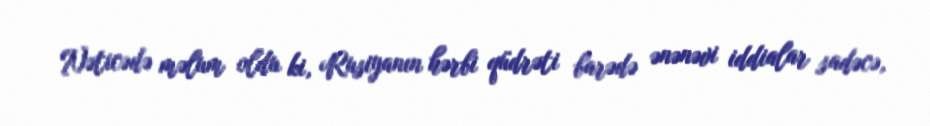
Nəticədə məlum oldu ki, Rusiyanın hərbi qüdrəti barədə ənənəvi iddialar sadəcə,